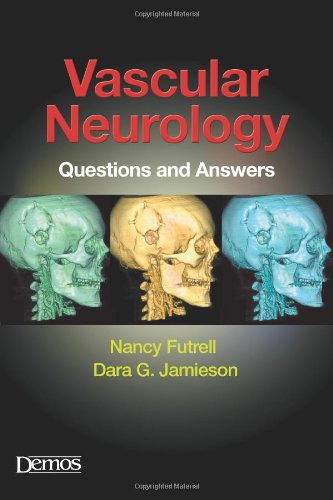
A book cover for Vascular Neurology: Questions and Answers; Nancy Futrell; Health, Fitness & Dieting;